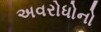
અવરોધોનો